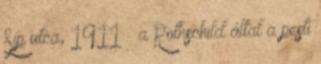
Síp utca, 1911 – a Rothschild által a pesti